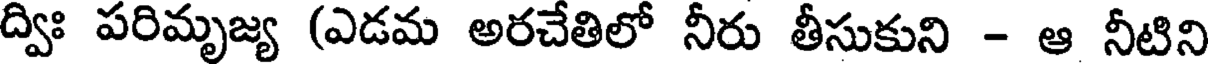
ద్విః పరిమృజ్య (ఎడమ అరచేతిలో నీరు తీసుకుని - ఆ నీటిని